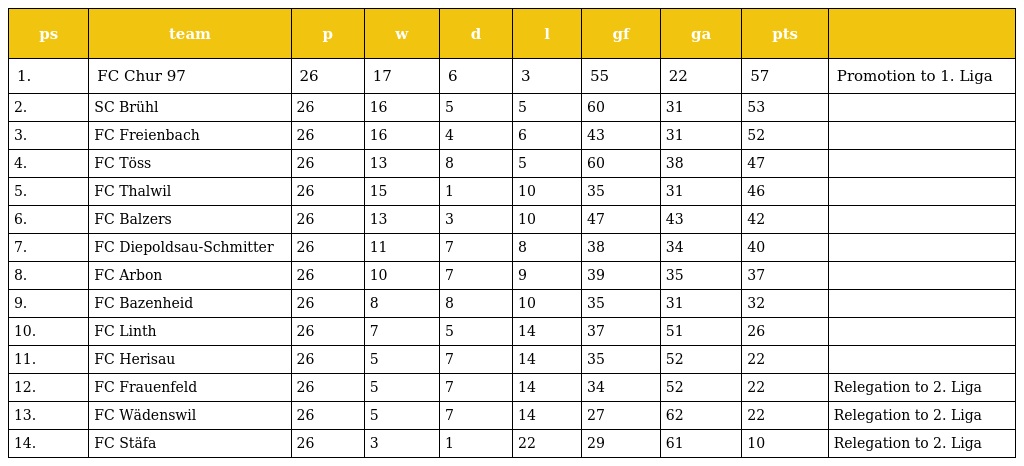
| ps | team | p | w | d | l | gf | ga | pts |  |
 | --- | --- | --- | --- | --- | --- | --- | --- | --- | --- |
 | 1. | FC Chur 97 | 26 | 17 | 6 | 3 | 55 | 22 | 57 | Promotion to 1. Liga |
 | 2. | SC Brühl | 26 | 16 | 5 | 5 | 60 | 31 | 53 |  |
 | 3. | FC Freienbach | 26 | 16 | 4 | 6 | 43 | 31 | 52 |  |
 | 4. | FC Töss | 26 | 13 | 8 | 5 | 60 | 38 | 47 |  |
 | 5. | FC Thalwil | 26 | 15 | 1 | 10 | 35 | 31 | 46 |  |
 | 6. | FC Balzers | 26 | 13 | 3 | 10 | 47 | 43 | 42 |  |
 | 7. | FC Diepoldsau-Schmitter | 26 | 11 | 7 | 8 | 38 | 34 | 40 |  |
 | 8. | FC Arbon | 26 | 10 | 7 | 9 | 39 | 35 | 37 |  |
 | 9. | FC Bazenheid | 26 | 8 | 8 | 10 | 35 | 31 | 32 |  |
 | 10. | FC Linth | 26 | 7 | 5 | 14 | 37 | 51 | 26 |  |
 | 11. | FC Herisau | 26 | 5 | 7 | 14 | 35 | 52 | 22 |  |
 | 12. | FC Frauenfeld | 26 | 5 | 7 | 14 | 34 | 52 | 22 | Relegation to 2. Liga |
 | 13. | FC Wädenswil | 26 | 5 | 7 | 14 | 27 | 62 | 22 | Relegation to 2. Liga |
 | 14. | FC Stäfa | 26 | 3 | 1 | 22 | 29 | 61 | 10 | Relegation to 2. Liga |